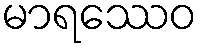
မာရဿေဝ